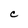
Character: C